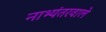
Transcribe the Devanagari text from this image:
नाभ्यंतरवाले